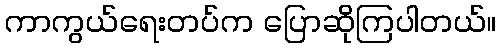
ကာကွယ်ရေးတပ်က ပြောဆိုကြပါတယ်။